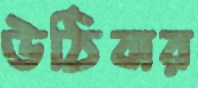
উঠিবার